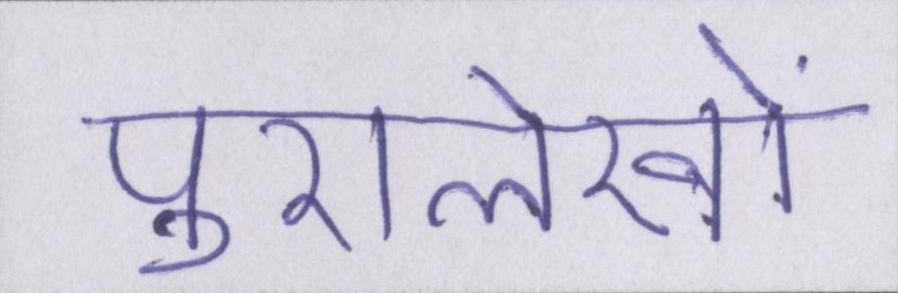
पुरालेखों